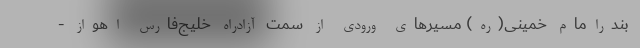
بندرامام خمینی(ره) مسیرهای ورودی از سمت آزادراه خلیج‌فارس اهواز -